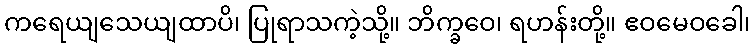
ကရေယျသေယျထာပိ၊ ပြုရာသကဲ့သို့။ ဘိက္ခဝေ၊ ရဟန်းတို့။ ဧဝမေဝခေါ၊